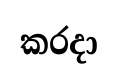
කරදා